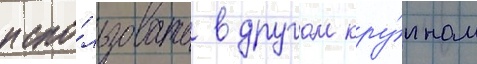
испо́льзовать в другом кру́пном